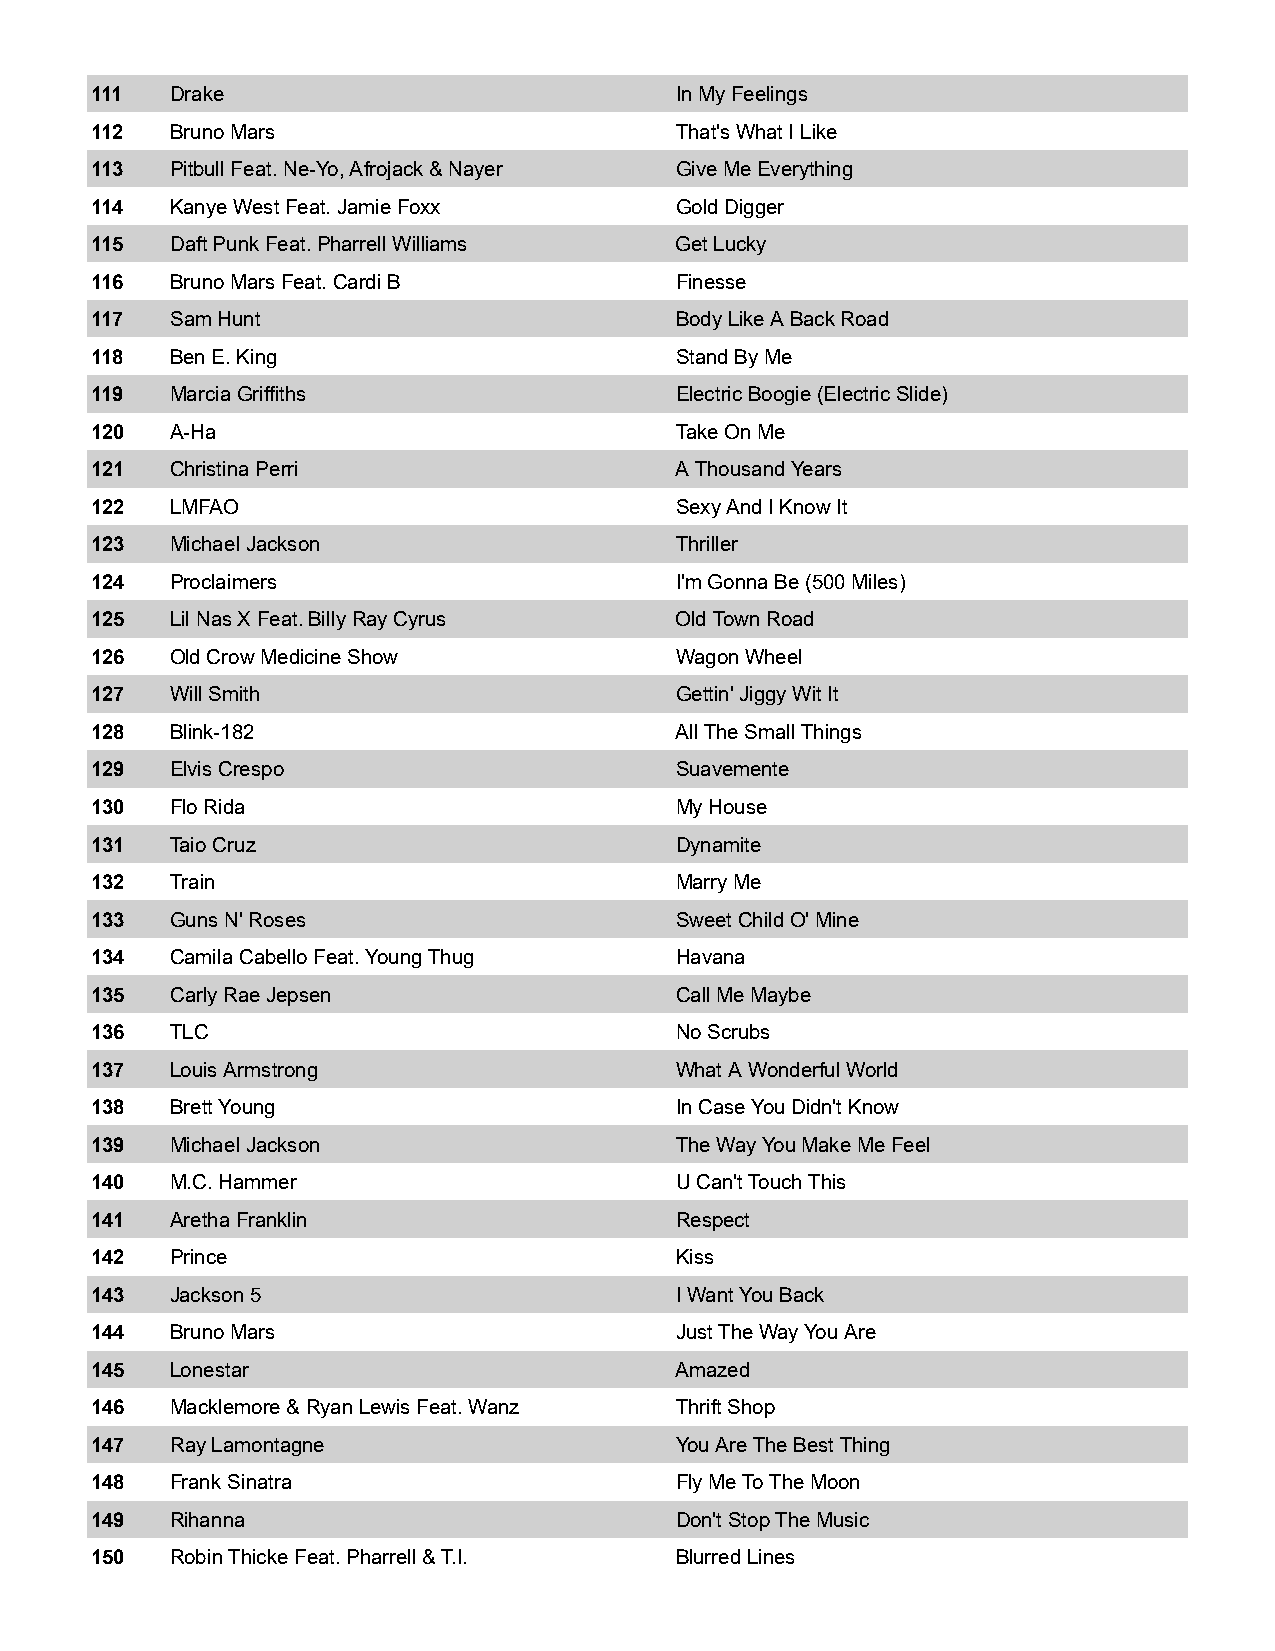
111  Drake                             In My Feelings
 112  Bruno Mars                        That's What I Like
 113  Pitbull Feat. Ne-Yo, Afrojack & Nayer Give Me Everything
 114  Kanye West Feat. Jamie Foxx       Gold Digger
 115  Daft Punk Feat. Pharrell Williams Get Lucky
 116  Bruno Mars Feat. Cardi B          Finesse
 117  Sam Hunt                          Body Like A Back Road
 118  Ben E. King                       Stand By Me
 119  Marcia Griffiths                  Electric Boogie (Electric Slide)
 120  A-Ha                              Take On Me
 121  Christina Perri                   A Thousand Years
 122  LMFAO                             Sexy And I Know It
 123  Michael Jackson                   Thriller
 124  Proclaimers                       I'm Gonna Be (500 Miles)
 125  Lil Nas X Feat. Billy Ray Cyrus   Old Town Road
 126  Old Crow Medicine Show            Wagon Wheel
 127  Will Smith                        Gettin' Jiggy Wit It
 128  Blink-182                         All The Small Things
 129  Elvis Crespo                      Suavemente
 130  Flo Rida                          My House
 131  Taio Cruz                         Dynamite
 132  Train                             Marry Me
 133  Guns N' Roses                     Sweet Child O' Mine
 134  Camila Cabello Feat. Young Thug   Havana
 135  Carly Rae Jepsen                  Call Me Maybe
 136  TLC                               No Scrubs
 137  Louis Armstrong                   What A Wonderful World
 138  Brett Young                       In Case You Didn't Know
 139  Michael Jackson                   The Way You Make Me Feel
 140  M.C. Hammer                       U Can't Touch This
 141  Aretha Franklin                   Respect
 142  Prince                            Kiss
 143  Jackson 5                         I Want You Back
 144  Bruno Mars                        Just The Way You Are
 145  Lonestar                          Amazed
 146  Macklemore & Ryan Lewis Feat. Wanz Thrift Shop
 147  Ray Lamontagne                    You Are The Best Thing
 148  Frank Sinatra                     Fly Me To The Moon
 149  Rihanna                           Don't Stop The Music
 150  Robin Thicke Feat. Pharrell & T.I. Blurred Lines